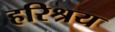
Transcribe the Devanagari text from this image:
हरिश्रय